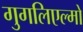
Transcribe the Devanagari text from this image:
गुगलिएल्मो